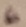
Text: 6